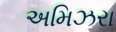
અમિઝરા